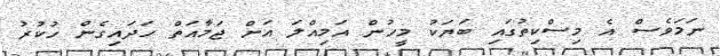
ނަމަވެސް އެ މިސްކިތުގައި ބަޔަކު މީހުން އަމިއްލަ އަށް ޖަމާއަތް ހަދައިގެން ހުކުރު